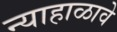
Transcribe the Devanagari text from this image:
न्याहाळावे